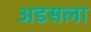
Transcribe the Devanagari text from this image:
अडसला